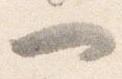
一